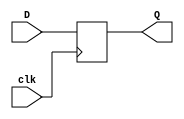
module DFlipFlop(Q, D, clk);

output reg Q;
input D, clk;

always @(posedge clk)
	Q = D;

endmodule